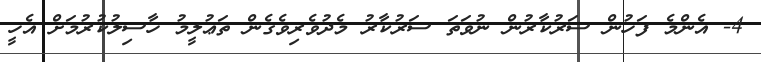
4- އެންމެ ފަހުން ސަރުކާރުން ނުވަތަ ސަރުކާރު މެދުވެރިވެގެން ތަޢުލީމު ހާސިލުކުރުމަށް އެހީ